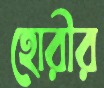
হোরীর